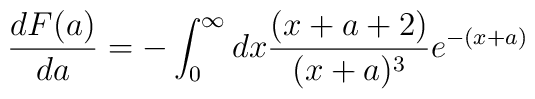
\frac{dF(a)}{da}=-\int_0^\infty dx\frac{(x+a+2)}{(x+a)^3}e^{-(x+a)}